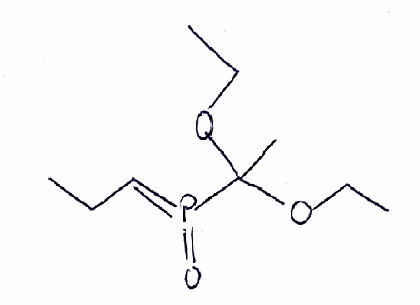
Simplified molecular-input line-entry system (SMILES) notation of the given molecule:
CCC=P(=O)C(C)(OCC)OCC